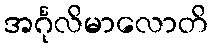
အင်္ဂုလိမာလောတိ